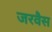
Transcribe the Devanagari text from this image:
जरवैस